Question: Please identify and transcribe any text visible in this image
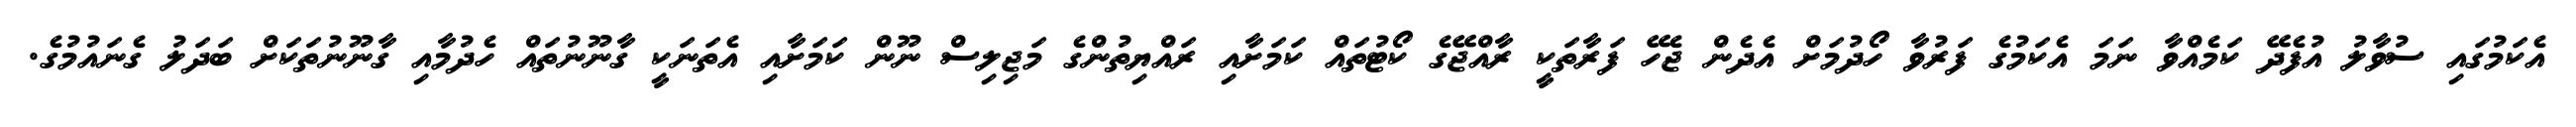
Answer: އެކަމުގައި ސުވާލު އުފެދޭ ކަމެއްވާ ނަމަ އެކަމުގެ ފަރުވާ ހޯދުމަށް އެދެން ޖެހޭ ފަރާތަކީ ރާއްޖޭގެ ކޯޓުތައް ކަމަށާއި ރައްޔިތުންގެ މަޖިލިސް ނޫން ކަމަށާއި އެތަނަކީ ގާނޫނުތައް ހެދުމާއި ގާނޫނުތަކަށް ބަދަލު ގެނައުމުގެ.